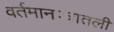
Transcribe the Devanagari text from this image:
वर्तमानपत्रातली